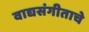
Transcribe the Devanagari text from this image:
वाद्यसंगीताचे